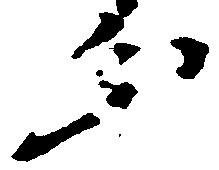
分